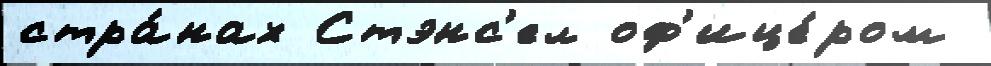
стра́нах Стэнс'ел оф'ице́ром